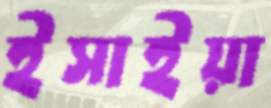
ইসাইয়া